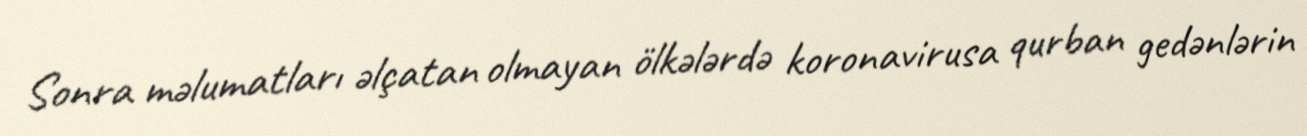
Sonra məlumatları əlçatan olmayan ölkələrdə koronavirusa qurban gedənlərin